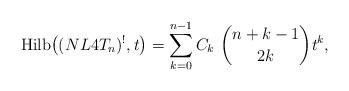
\begin{gather*}{\rm Hilb}\big((NL4T_n)^{!},t\big)=\sum_{k=0}^{n-1} C_k~{n+k-1 \choose 2k} t^{k},\end{gather*}